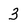
Character: 3